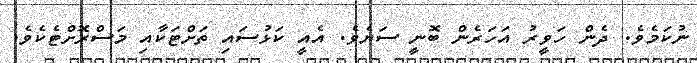
ނުކަމެވެ. ދެން ހަވީރު އަހަރެން ބޮނީ ސަޔެވެ. އެއީ ކަޅުސައި ތަށްޓަކާއި މަސްރޮށްޓެކެވެ.